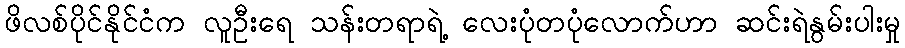
ဖိလစ်ပိုင်နိုင်ငံက လူဦးရေ သန်းတရာရဲ့ လေးပုံတပုံလောက်ဟာ ဆင်းရဲနွမ်းပါးမှု